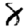
Digit: 8